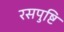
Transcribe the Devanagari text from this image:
रसपुष्टि